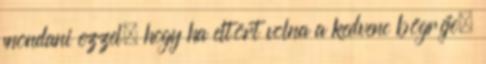
mondani ezzel, hogy ha eltört volna a kedvenc bögréje,